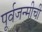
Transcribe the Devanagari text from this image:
पूर्वजन्मीची